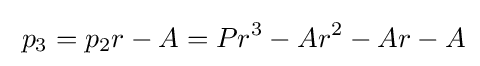
\;p_{3}=p_{2}r-A=Pr^{3}-Ar^{2}-Ar-A